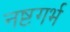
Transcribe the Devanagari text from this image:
नष्टगर्भ